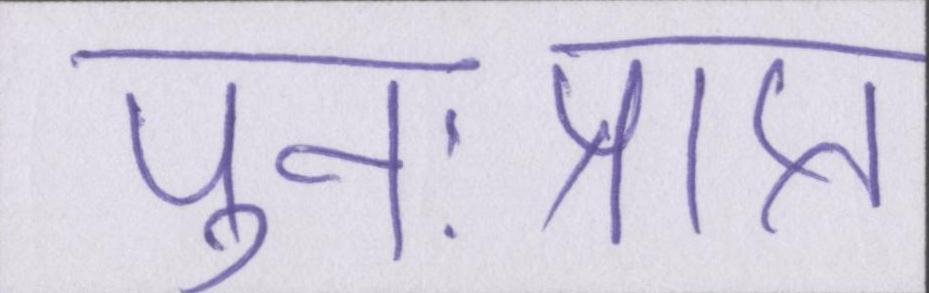
पुनःप्राप्त